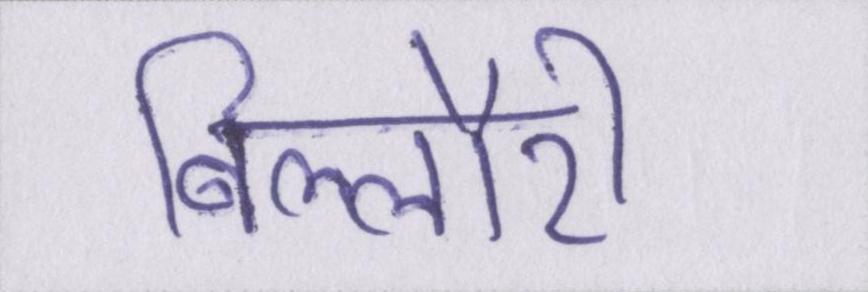
बिल्लौरी